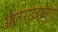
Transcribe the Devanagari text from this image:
आंतरछेदामुळे